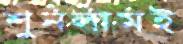
শুনলামই